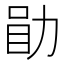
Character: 𫦲